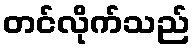
တင်လိုက်သည်